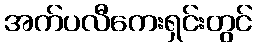
အက်ပလီကေးရှင်းတွင်